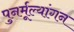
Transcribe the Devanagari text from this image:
पुनर्मूल्यांगन